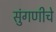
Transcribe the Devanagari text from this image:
सुंगणीचे